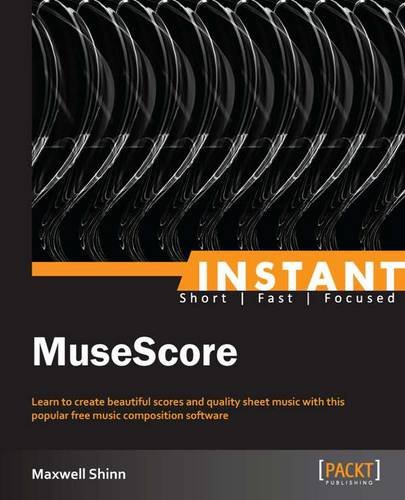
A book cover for Instant MuseScore; Maxwell Shinn; Computers & Technology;